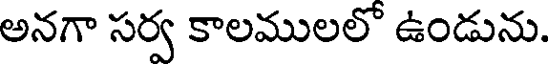
అనగా సర్వ కాలములలో ఉండును.